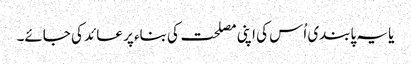
یا یہ پابندی اُس کی اپنی مصلحت کی بناء پر عائد کی جائے۔